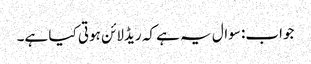
جواب: سوال یہ ہے کہ ریڈلائن ہوتی کیا ہے۔